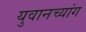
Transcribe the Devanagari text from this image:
युवानच्यांग